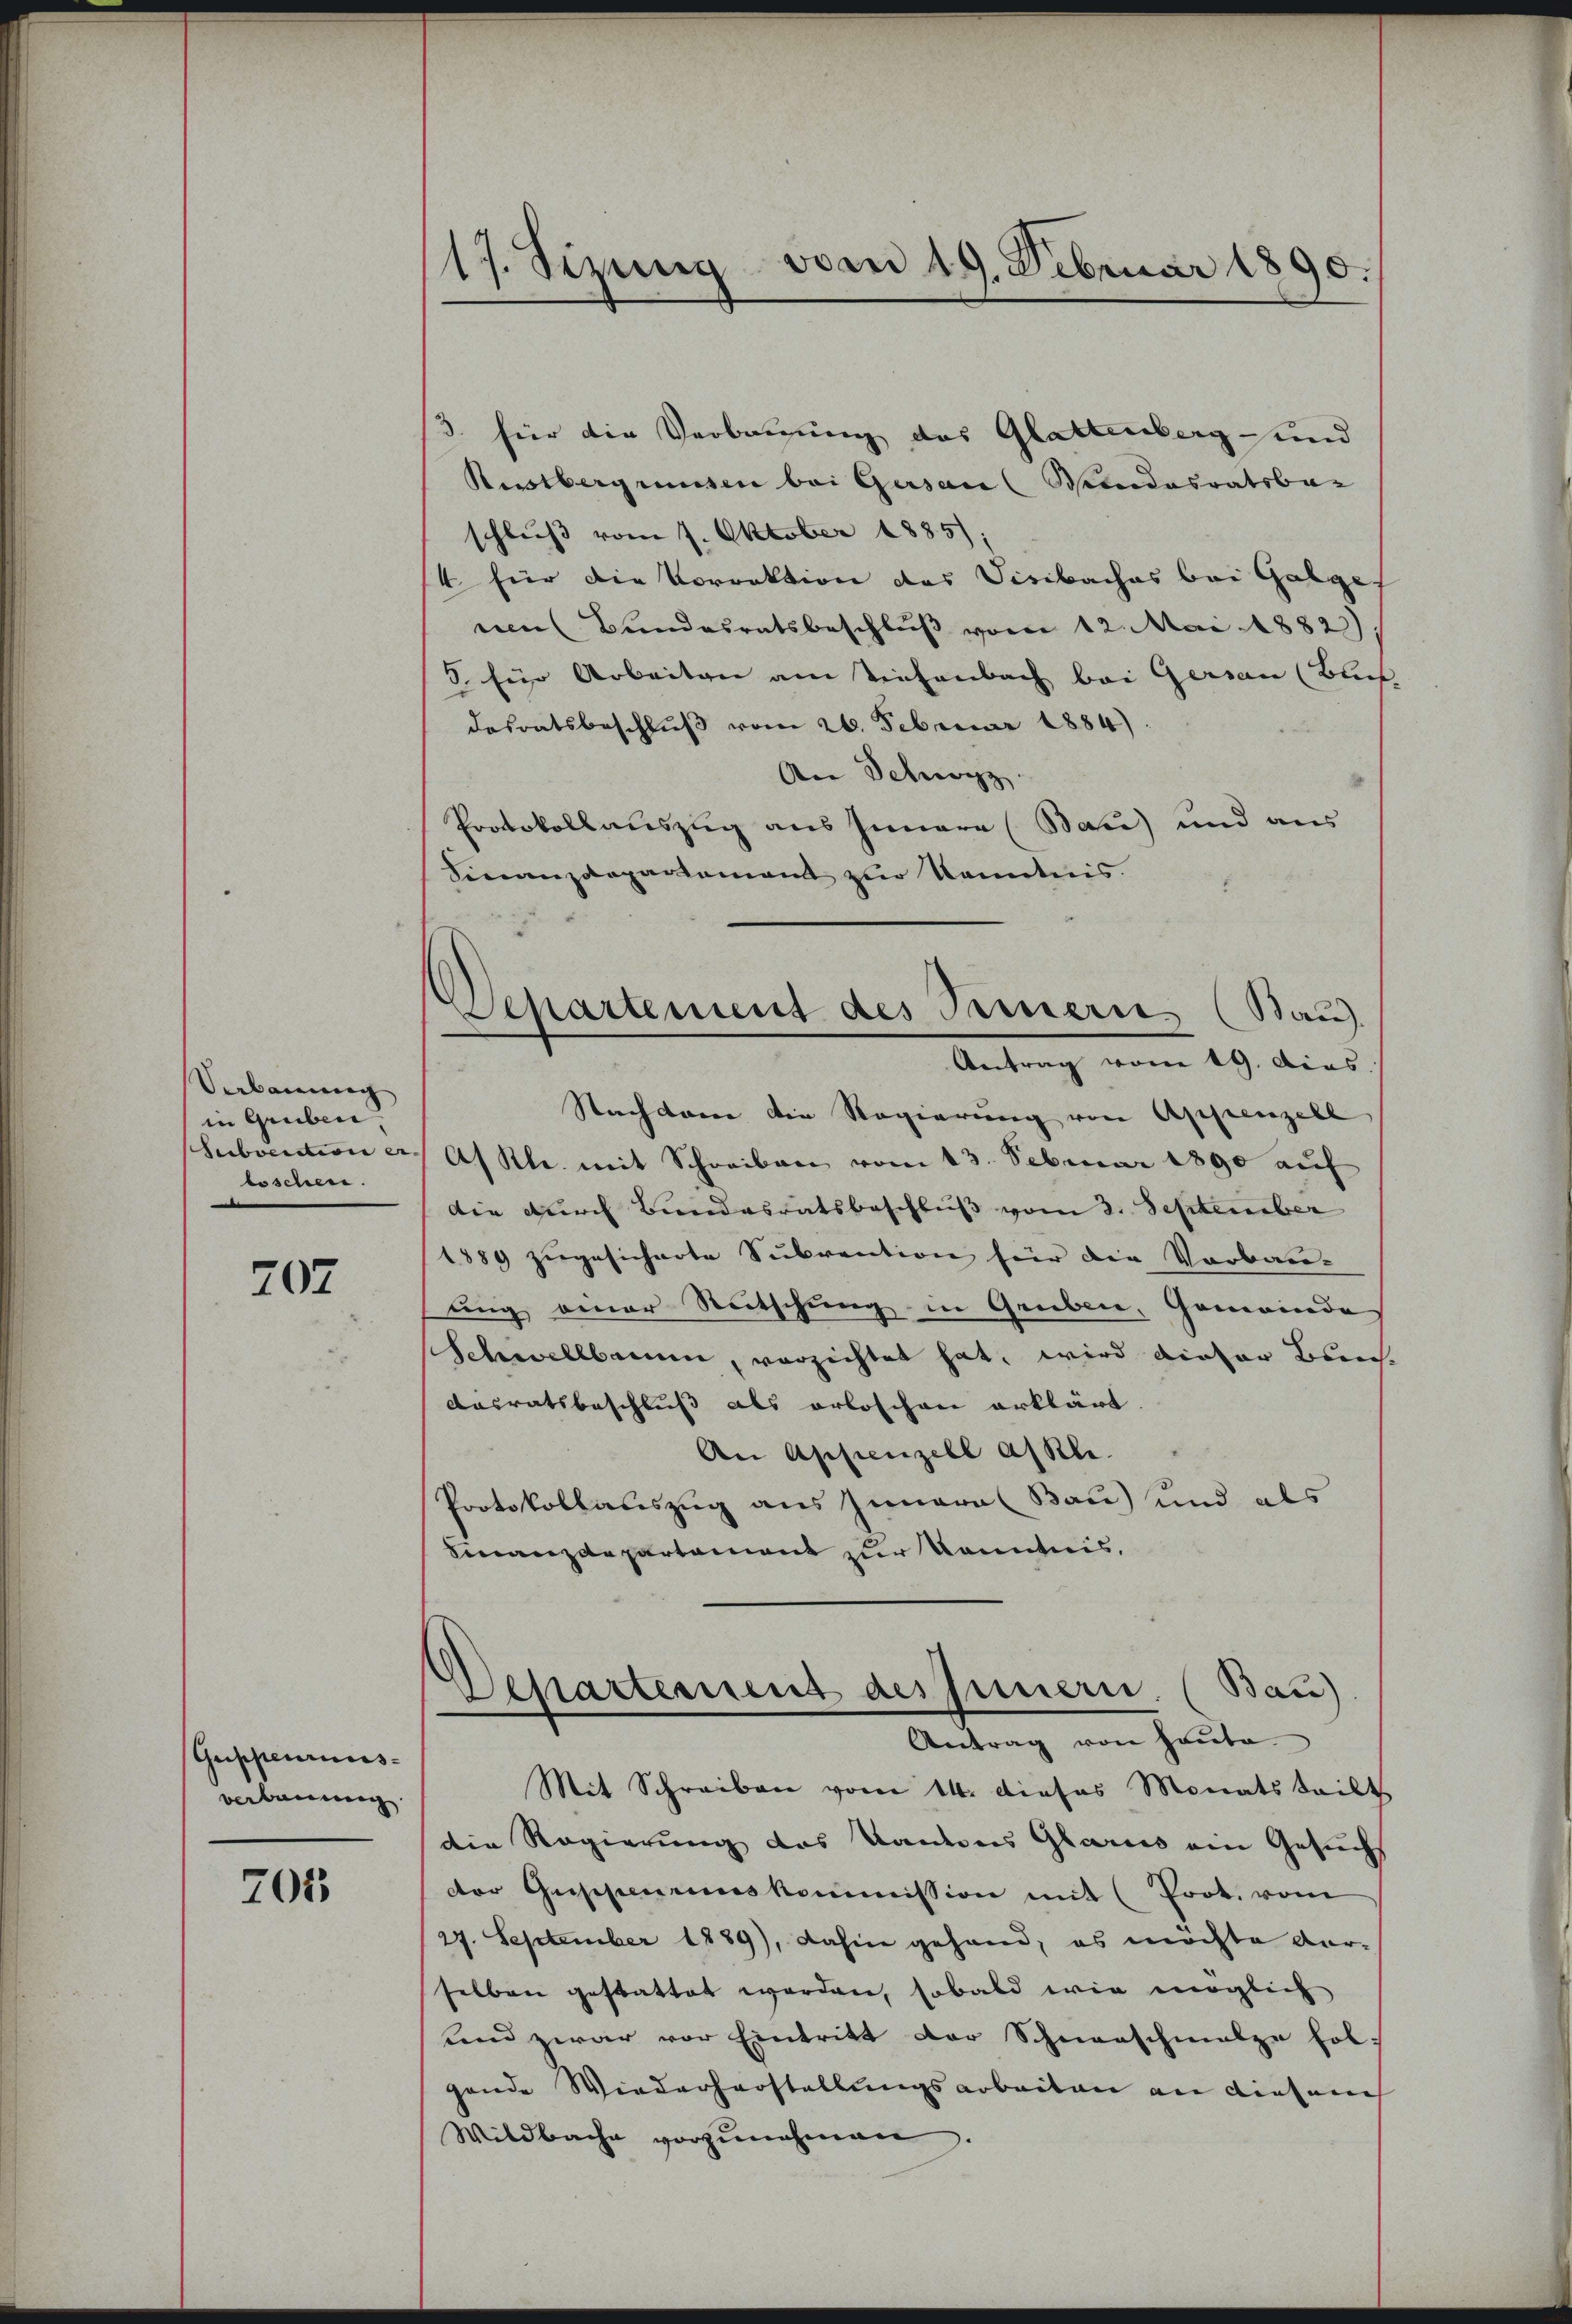
Verbauung
in Gruben.
boschen.

707

Guppenries-
verbauung

205

17. Sizung vom 19. Februar 1890.

3. für die Verbrugung des Glattenberg und
Rustbergrusen bei Gersan (Mandesratsbar
schluß vom 7. Oktober 1885);
4 für die Vorrektion des Visibaches bei Galge
uen Bundesratsbeschlŭβ vom 12. Mai 1882).
5 für Arbeiten am Tiefenbach bei Gersau (Bluf
desratsbeschlŭβ vom 26. Februar 1884).
An Schwyz
Protokollauszug aus Innare (Bau) und aus
Finanzdeparlamant zur Kenntnis.
Departement des Samerie (Sau.
Antrag vom 19. Dias.
Nachdenen die Regierung von Appenzell
Subvention er Af Kl. mit Schreiben vom 13. Februar 1890 auf
Die durch Bundesratsbeschluß vom 2. September
1889 zugesicherte Subvention für die Verbau-
ung einer Stutschung in Gruben, Gemeinde
Schwellbaum, verzichtet hat, wird dieser Breich-
Ausratsbeschluß als erloschen erklärt.
An Appenzell alle.
Protokollauszug aus Innern Bau) und als
Finanzdepartement zur Kenntnis,

Departement des Innern. (Bau)
Antrag von heute
Mit Schreiben vom 14. dieses Monats teilt

die Regierung des Kantons Glarus ein Gesuchs
der Geschineinskommission mit (Prot. vom
27. September 1889), dahin gehand, es möchte darselben gestattet worden, sobald wie möglich
und zwar vor Eintritt der Schneeschmalze folgende Wiederherstellungsarbeiten an diesem
Wildbache vorzŭnehmen.